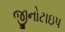
જીનોટાઇપ